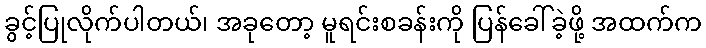
ခွင့်ပြုလိုက်ပါတယ်၊ အခုတော့ မူရင်းစခန်းကို ပြန်ခေါ်ခဲ့ဖို့ အထက်က